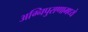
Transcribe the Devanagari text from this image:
अग्निपुराणामध्ये